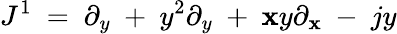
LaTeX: J^{1}\ =\ \partial_{y}\ +\ y^{2}\partial_{y}\ +\ \mathbf{x}y\partial_{\mathbf{x}}\ -\ jy